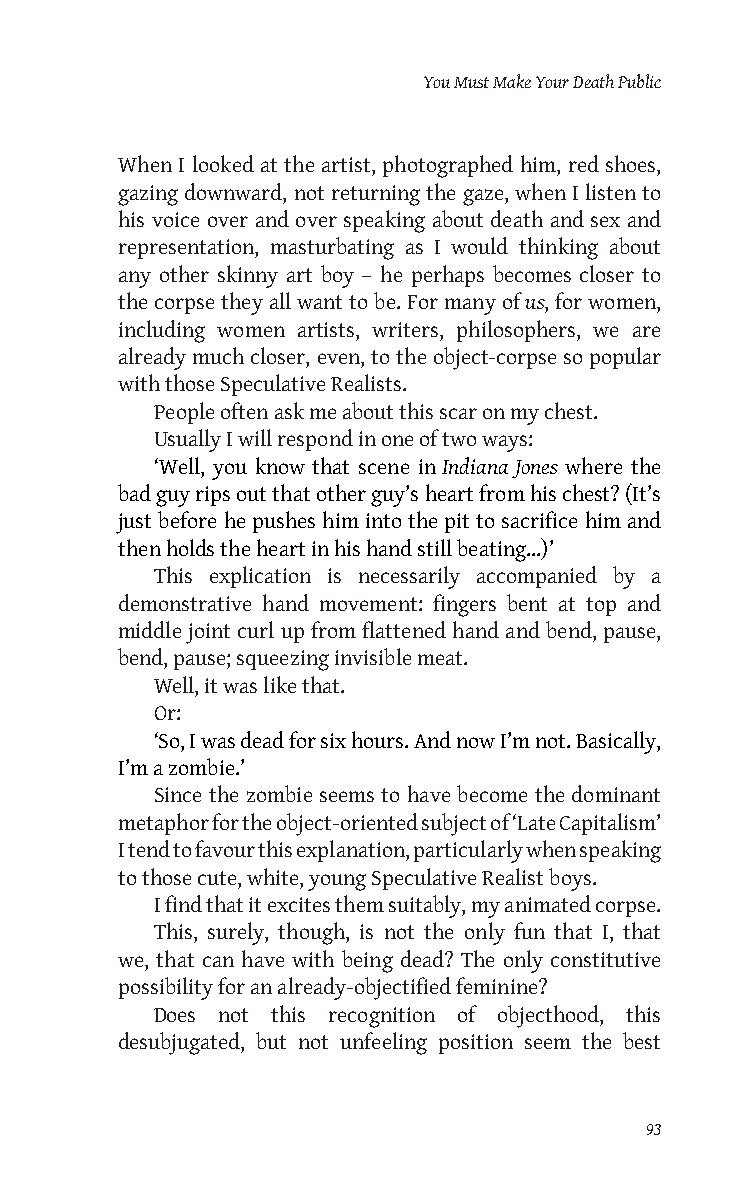
You Must Make Your Death Public
 When I looked at the artist, photographed him, red shoes,
 gazing downward, not returning the gaze, when I listen to
 his voice over and over speaking about death and sex and
 representation, masturbating as I would thinking about
 any other skinny art boy – he perhaps becomes closer to
 the corpse they all want to be. For many of us, for women,
 including women artists, writers, philosophers, we are
 already much closer, even, to the object-corpse so popular
 with those Speculative Realists.
 People often ask me about this scar on my chest.
 Usually I will respond in one of two ways:
 ‘Well, you know that scene in Indiana Jones where the
 bad guy rips out that other guy’s heart from his chest? (It’s
 just before he pushes him into the pit to sacrifice him and
 then holds the heart in his hand still beating...)’
 This explication is necessarily accompanied by a
 demonstrative hand movement: fingers bent at top and
 middle joint curl up from flattened hand and bend, pause,
 bend, pause; squeezing invisible meat.
 Well, it was like that.
 Or:
 ‘So, I was dead for six hours. And now I’m not. Basically,
 I’m a zombie.’
 Since the zombie seems to have become the dominant
 metaphor for the object-oriented subject of ‘Late Capitalism’
 I tend to favour this explanation, particularly when speaking
 to those cute, white, young Speculative Realist boys.
 I find that it excites them suitably, my animated corpse.
 This, surely, though, is not the only fun that I, that
 we, that can have with being dead? The only constitutive
 possibility for an already-objectified feminine?
 Does not this recognition of objecthood, this
 desubjugated, but not unfeeling position seem the best
 93